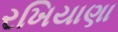
રખિયાણા